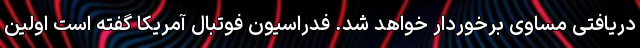
دریافتی مساوی برخوردار خواهد شد. فدراسیون فوتبال آمریکا گفته است اولین